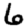
Digit: 6